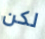
لكن